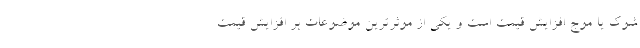
شوک یا موج افزایش قیمت است و یکی از موثرترین موضوعات بر افزایش قیمت